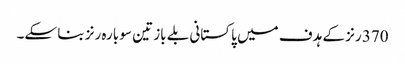
370 رنز کے ہدف میں پاکستانی بلے باز تین سو بارہ رنز بنا سکے۔